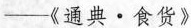
—《通典·食货》